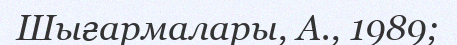
Шығармалары, А., 1989;